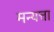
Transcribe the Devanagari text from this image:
मन्यत्ता